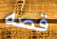
قصه